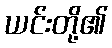
ယင်းတို့၏